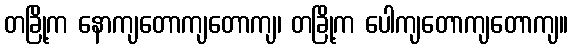
တခြို့က နောကျတောကျတောကျ၊ တခြို့က ပေါကျတောကျတောကျ။